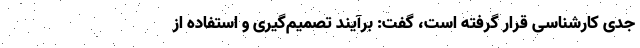
جدی کارشناسی قرار گرفته است، گفت: برآیند تصمیم‌گیری و استفاده از